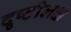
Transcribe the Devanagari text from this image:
दृष्टीलक्ष